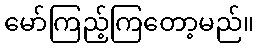
မော်ကြည့်ကြတော့မည်။